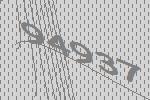
94937